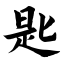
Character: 匙